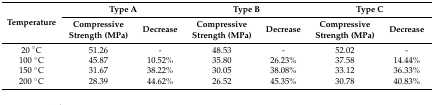
<table><thead><tr><td rowspan="2"><b>Temperature</b></td><td colspan="2"><b>Type A</b></td><td colspan="2"><b>Type B</b></td><td colspan="2"><b>Type C</b></td></tr><tr><td><b>Compressive Strength (MPa)</b></td><td><b>Decrease</b></td><td><b>Compressive Strength (MPa)</b></td><td><b>Decrease</b></td><td><b>Compressive Strength (MPa)</b></td><td><b>Decrease</b></td></tr></thead><tbody><tr><td>20 °C</td><td>51.26</td><td>-</td><td>48.53</td><td>-</td><td>52.02</td><td>-</td></tr><tr><td>100 °C</td><td>45.87</td><td>10.52%</td><td>35.80</td><td>26.23%</td><td>37.58</td><td>14.44%</td></tr><tr><td>150 °C</td><td>31.67</td><td>38.22%</td><td>30.05</td><td>38.08%</td><td>33.12</td><td>36.33%</td></tr><tr><td>200 °C</td><td>28.39</td><td>44.62%</td><td>26.52</td><td>45.35%</td><td>30.78</td><td>40.83%</td></tr></tbody></table>